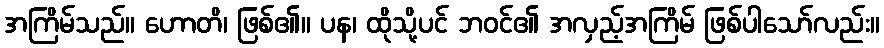
အကြိမ်သည်။ ဟောတိ၊ ဖြစ်၏။ ပန၊ ထိုသို့ပင် ဘဝင်၏ အလှည့်အကြိမ် ဖြစ်ပါသော်လည်း။